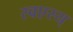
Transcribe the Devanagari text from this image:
स्वएस्य्